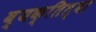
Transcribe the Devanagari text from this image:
व्यक्तित्वा